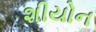
શીયોન